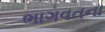
ભાગવતના